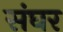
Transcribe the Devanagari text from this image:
संघर